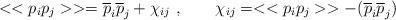
LaTeX: \begin{align*}<<p_ip_j>> = {\overline p}_i{\overline p}_j + \chi_{ij}~,\qquad \chi_{ij}= <<p_ip_j>>-({\overline p}_i {\overline p}_j)\end{align*}